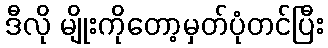
ဒီလို မျိုးကိုတော့မှတ်ပုံတင်ပြီး